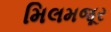
મિલમજૂર